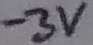
Text: -3V